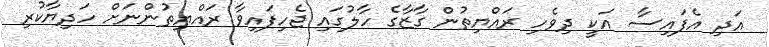
އަދި އެފައިސާ އަކީ ދިވެހި ރައްޔިތުން ގާޒާގެ ހާލުގައި ޖެހިފައިވާ ރައްޔިތުންނަށް ހަދިޔާކުރި